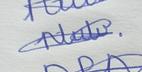
Signature authenticity: genuine